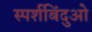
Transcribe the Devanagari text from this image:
स्पर्शबिंदुओ